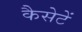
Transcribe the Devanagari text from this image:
कैसेटें